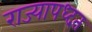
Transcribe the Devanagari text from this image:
राज्यापध्दत